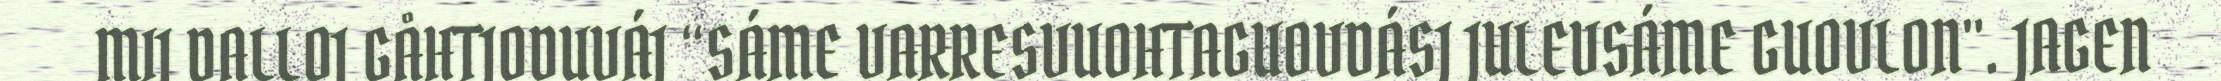
MIJ DALLOJ GÅHTJODUVÁJ “SÁME VARRESVUOHTAGUOVDÁSJ JULEVSÁME GUOVLON". JAGEN